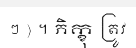
ៗ ) ។ ភិក្ខុ ត្រូវ